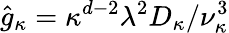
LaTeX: \hat{g}_{\kappa}=\kappa^{d-2}\lambda^{2}D_{\kappa}/\nu_{\kappa}^{3}